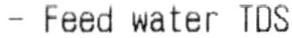
- FEED WATER TDS